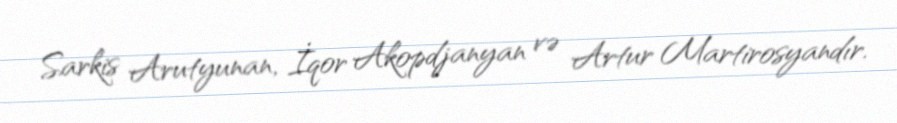
Sarkis Arutyunan, İqor Akopdjanyan və Artur Martirosyandır.